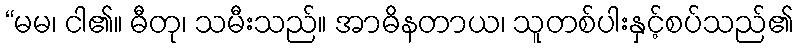
“မမ၊ ငါ၏။ ဓီတု၊ သမီးသည်။ အာဓိနတာယ၊ သူတစ်ပါးနှင့်စပ်သည်၏